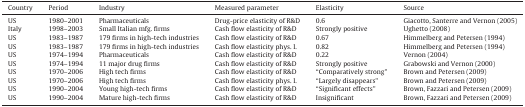
<table><thead><tr><td><b>Country</b></td><td><b>Period</b></td><td><b>Industry</b></td><td><b>Measured parameter</b></td><td><b>Elasticity</b></td><td><b>Source</b></td></tr></thead><tbody><tr><td>US</td><td>1980–2001</td><td>Pharmaceuticals</td><td>Drug-price elasticity of R&amp;D</td><td>0.6</td><td>Giacotto, Santerre and Vernon (2005)</td></tr><tr><td>Italy</td><td>1998–2003</td><td>Small Italian mfg. firms</td><td>Cash flow elasticity of R&amp;D</td><td>Strongly positive</td><td>Ughetto (2008)</td></tr><tr><td>US</td><td>1983–1987</td><td>179 firms in high-tech industries</td><td>Cash flow elasticity of R&amp;D</td><td>0.67</td><td>Himmelberg and Petersen (1994)</td></tr><tr><td>US</td><td>1983–1987</td><td>179 firms in high-tech industries</td><td>Cash flow elasticity phys. I.</td><td>0.82</td><td>Himmelberg and Petersen (1994)</td></tr><tr><td>US</td><td>1974–1994</td><td>Pharmaceuticals</td><td>Cash flow elasticity of R&amp;D</td><td>0.22</td><td>Vernon (2004)</td></tr><tr><td>US</td><td>1974–1994</td><td>11 major drug firms</td><td>Cash flow elasticity of R&amp;D</td><td>Strongly positive</td><td>Grabowski and Vernon (2000)</td></tr><tr><td>US</td><td>1970–2006</td><td>High tech firms</td><td>Cash flow elasticity of R&amp;D</td><td>“Comparatively strong”</td><td>Brown and Petersen (2009)</td></tr><tr><td>US</td><td>1970–2006</td><td>High tech firms</td><td>Cash flow elasticity phys. I.</td><td>“Largely disappears”</td><td>Brown and Petersen (2009)</td></tr><tr><td>US</td><td>1990–2004</td><td>Young high-tech firms</td><td>Cash flow elasticity of R&amp;D</td><td>“Significant effects”</td><td>Brown, Fazzari and Petersen (2009)</td></tr><tr><td>US</td><td>1990–2004</td><td>Mature high-tech firms</td><td>Cash flow elasticity of R&amp;D</td><td>Insignificant</td><td>Brown, Fazzari and Petersen (2009)</td></tr></tbody></table>